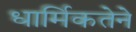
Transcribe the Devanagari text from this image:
धार्मिकतेने